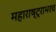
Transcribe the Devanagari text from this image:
महाराष्ट्राभरच